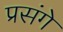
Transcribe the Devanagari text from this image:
प्रसंगे